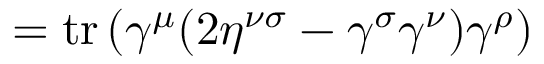
= \operatorname { t r } \left( \gamma ^ { \mu } ( 2 \eta ^ { \nu \sigma } - \gamma ^ { \sigma } \gamma ^ { \nu } ) \gamma ^ { \rho } \right)